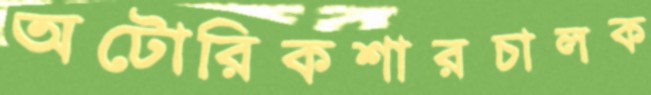
অটোরিকশারচালক